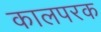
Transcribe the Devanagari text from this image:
कालपरक